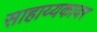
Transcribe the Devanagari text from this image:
साहाय्यकावर